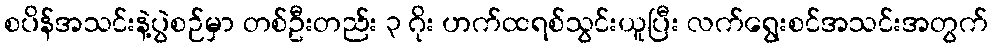
စပိန်အသင်းနဲ့ပွဲစဉ်မှာ တစ်ဦးတည်း ၃ ဂိုး ဟက်ထရစ်သွင်းယူပြီး လက်ရွေးစင်အသင်းအတွက်